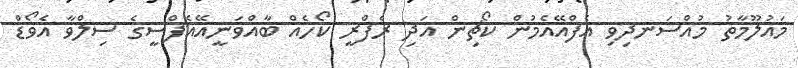
މައުލޫމާތު މުއްސަނދިވި އެފްއޭއެމުން ކޯޗިން އަދި ރެފްރީ ކޯހެއް ބާއްވަނީއޭއެފްސީގެ ސިލްވާ އެވޯޑް